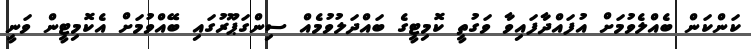
ކަންކަން ބެއްލެވުމަށް އުފައްދާފައިވާ ވަގުތީ ކޮމިޓީގެ ބައްދަލުވުމެއް ސިންގަޕޫރުގައި ބޭއްވުމަށް އެކޮމިޓީން ވަނީ